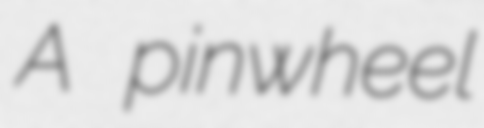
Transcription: A pinwheel